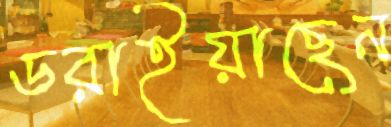
ডরাইয়াছেন